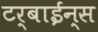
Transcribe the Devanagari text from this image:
टर्बाईन्स